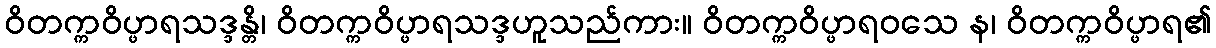
ဝိတက္ကဝိပ္ဖာရသဒ္ဒန္တိ၊ ဝိတက္ကဝိပ္ဖာရသဒ္ဒဟူသည်ကား။ ဝိတက္ကဝိပ္ဖာရဝသေ န၊ ဝိတက္ကဝိပ္ဖာရ၏